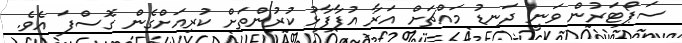
ސަޕޯޓަރުން ވަނީ ދަނޑު މައްޗަށް އަރާ އުފާފާޅު ކުރުންތަށް ކުރިއަށްގެން ގޮސްފަ އެވެ.